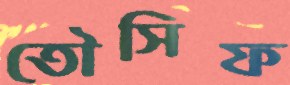
তৌসিফ